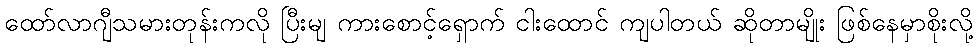
ထော်လာဂျီသမားတုန်းကလို ပြီးမျ ကားစောင့်ရှောက် ငါးထောင် ကျပါတယ် ဆိုတာမျိုး ဖြစ်နေမှာစိုးလို့